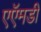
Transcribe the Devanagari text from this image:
एऍमडी